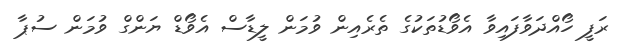
ރަފީ ހޯއްދަވާފައިވާ އެވޯޑުތަކުގެ ތެރެއިން ވުމަން ލީޑާސް އެވޯޑް ޔަންގް ވުމަން ސުޕާ